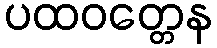
ပထဝတ္တေန